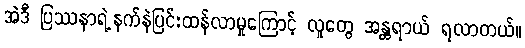
အဲဒီ ပြဿနာရဲ့နက်နဲပြင်းထန်လာမှုကြောင့် လူတွေ အန္တရာယ် ရလာတယ်။